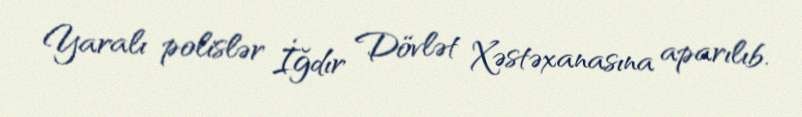
Yaralı polislər İğdır Dövlət Xəstəxanasına aparılıb.